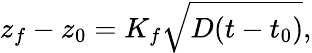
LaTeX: z_{f}-z_{0}=K_{f}\sqrt{D(t-t_{0})},